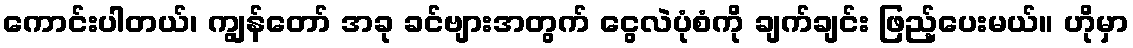
ကောင်းပါတယ်၊ ကျွန်တော် အခု ခင်ဗျားအတွက် ငွေလဲပုံစံကို ချက်ချင်း ဖြည့်ပေးမယ်။ ဟိုမှာ